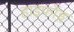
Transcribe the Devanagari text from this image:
हाइफॉङ्ग